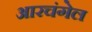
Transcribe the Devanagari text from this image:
आरचंगेल